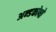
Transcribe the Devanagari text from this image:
अन्डकोषो